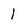
Character: 1